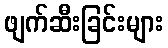
ဖျက်ဆီးခြင်းများ